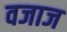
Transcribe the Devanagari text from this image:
वजाज